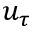
u _ { \tau }